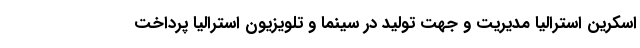
اسكرين استراليا مديريت و جهت توليد در سينما و تلويزيون استراليا پرداخت